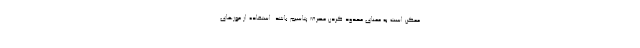
ممکن است به معنای محدود کردن مصرف پتاسیم باشد. استفاده از موزهای